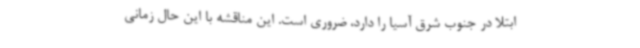
ابتلا در جنوب شرق آسیا را دارد، ضروری است. این مناقشه با این حال زمانی